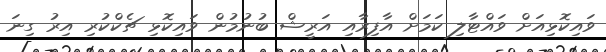
ވައިކޮޅިއަށް ވައްޓާލި ކަމަށް އާފިރާއި އަރީޝް ބުނުމުން ވައިކޮޅި ޗެކްކުރި އިރު ގިނަ